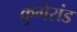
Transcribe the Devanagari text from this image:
क्रुगेरांड